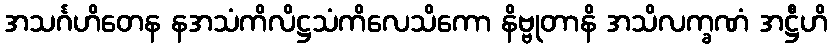
အသင်္ဂဟိတေန နအသံကိလိဋ္ဌသံကိလေသိကော နိဗ္ဗုတာနိ အသိလက္ခဏံ အဋ္ဌီဟိ